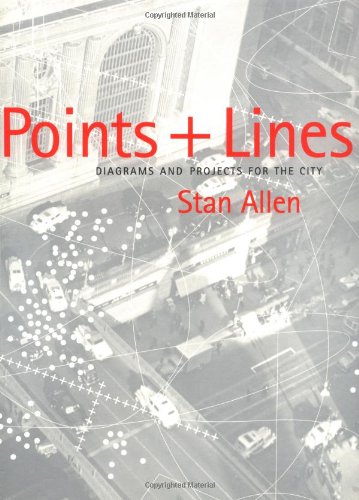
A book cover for Points + Lines: Diagrams and Projects for the City; Stan Allen; Arts & Photography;